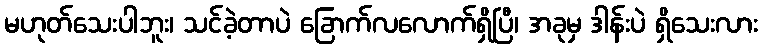
မဟုတ်သေးပါဘူး၊ သင်ခဲ့တာပဲ ခြောက်လလောက်ရှိပြီ၊ အခုမှ ဒါန်းပဲ ရှိသေးလား